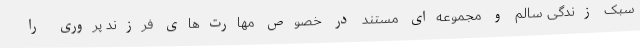
سبک زندگی سالم و مجموعه‌ای مستند در خصوص مهارت‌های فرزند پروری را